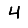
Digit: 4